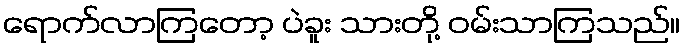
ရောက်လာကြတော့ ပဲခူး သားတို့ ဝမ်းသာကြသည်။